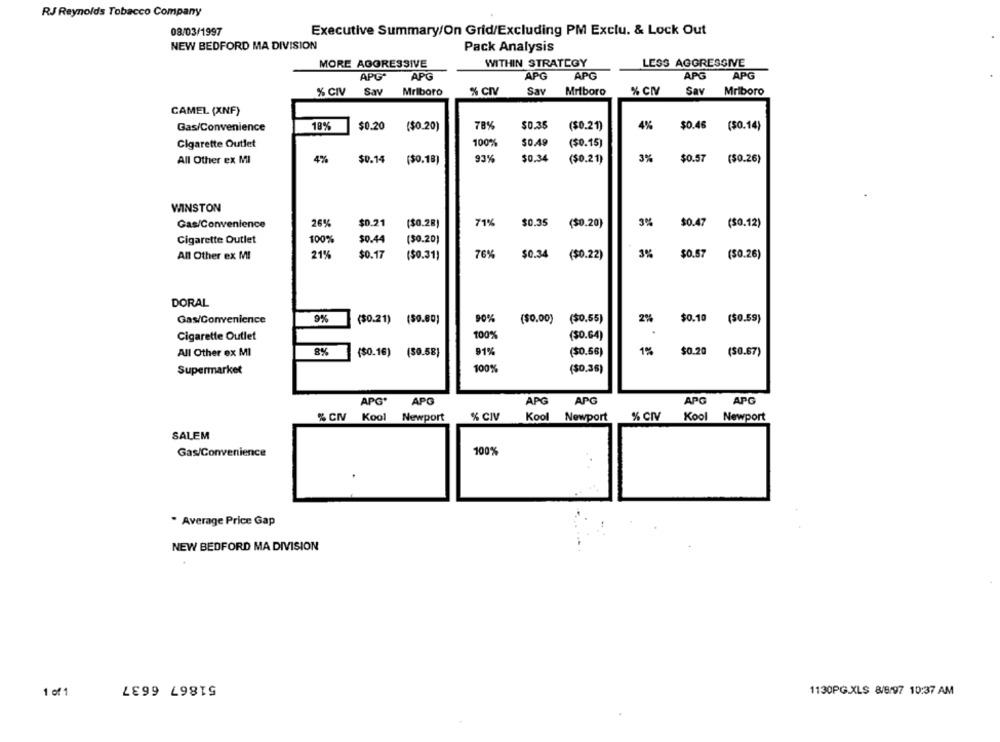
RJ Reynolds Tobacco Company
08/03/1997
Executive Summary/On Grid/Excluding PM Exclu. & Lock Out
NEW BEDFORD MA DIVISION
Pack Analysis
MORE AGGRESSIVE
WITHIN STRATEGY
LESS AGGRESSIVE
APG
APG
APG
APG*
APG
APG
% CIV
% CNV
% CIV
Sav
Mriboro
Sav
Mriboro
Sav
Mriboro
CAMEL (XNF)
Gas/Convenience
18%
$0.20
78%
$0.35
($0.21)
4%
$0.46
($0.14)
($0.20)
100%
$0.49
Cigarette Outlet
($0.15)
All Other ex MI
4%
$0.14
($0.18)
93%
$0.34
($0.21)
3%
$0.57
($0.26)
WINSTON
26%
$0.21
71
$0.35
($0.20)
3%
$0.47
(S0.12)
Gas/Convenience
($0.28)
Cigarette Outlet
100%
$0.44
($0.20)
21%
All Other ex MI
$0.17
($0.31)
76%
$0.34
($0.22)
3%
$0.57
($0.26)
DORAL
Gas/Convenience
9%
($0.21) (50.00)
90%
($0.00) ($0.55)
2%
$0.10
($0.59)
Cigarette Outlet
100%
($0.64)
All Other ex MI
8%
($0.16) (50.58)
91%
($0.66)
1%
$0.20 (50.67)
Supermarket
100%
($0.36)
APG
APG
APG
APG
APG
APG'
Kool
% CIV
% CIV Kool Newport
% CIV
Newport
Kool Newport
SALEM
100%
Gas/Convenience
* Average Price Gap
NEW BEDFORD MA DIVISION
51867 6637
1130PG.XLS 8/8/97 10:37 AM
1 of 1